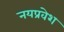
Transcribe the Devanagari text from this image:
नयप्रवेश